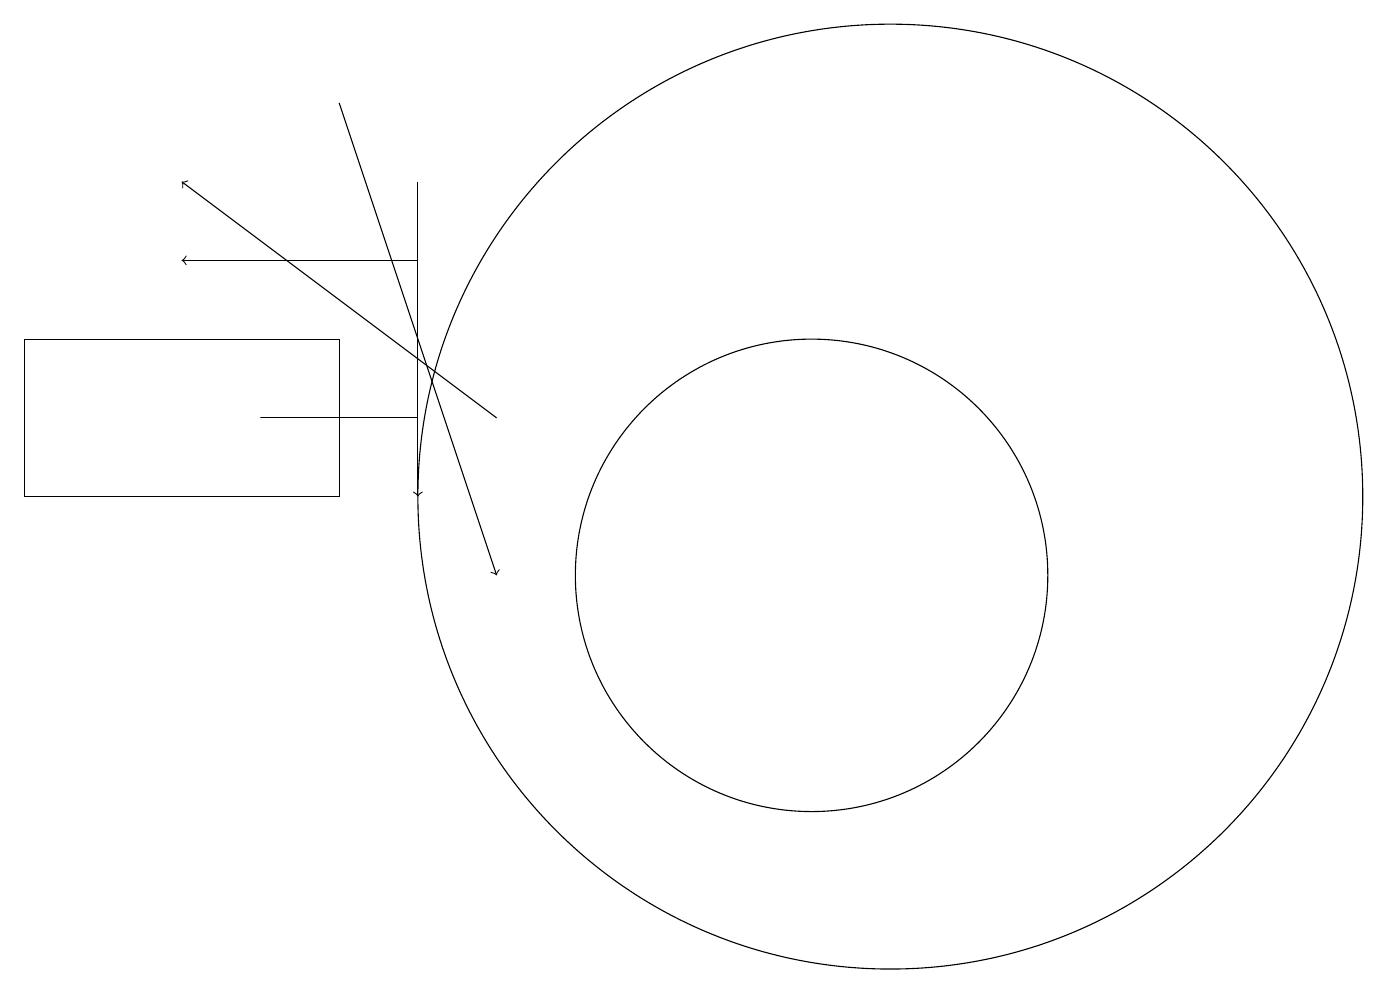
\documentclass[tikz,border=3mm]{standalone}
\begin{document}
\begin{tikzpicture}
\draw (11,10) circle (3);
\draw[->] (7,12) -- (3,15);
\draw[->] (5,16) -- (7,10);
\draw[->] (6,15) -- (6,11);
\draw (4,12) rectangle (6,12);
\draw[->] (6,14) -- (3,14);
\draw (12,11) circle (6);
\draw (1,13) rectangle (5,11);
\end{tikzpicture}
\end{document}